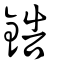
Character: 鋯